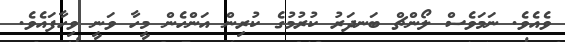
ވެއެވެ. ނަމަވެސް ލޯންޗް ބަނދަރު ކުރުމުގެ ކުރިން އަންހެން މީހާ ވަނީ ވިހާފައެވެ.